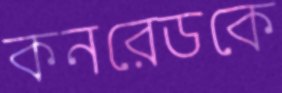
কনরেডকে